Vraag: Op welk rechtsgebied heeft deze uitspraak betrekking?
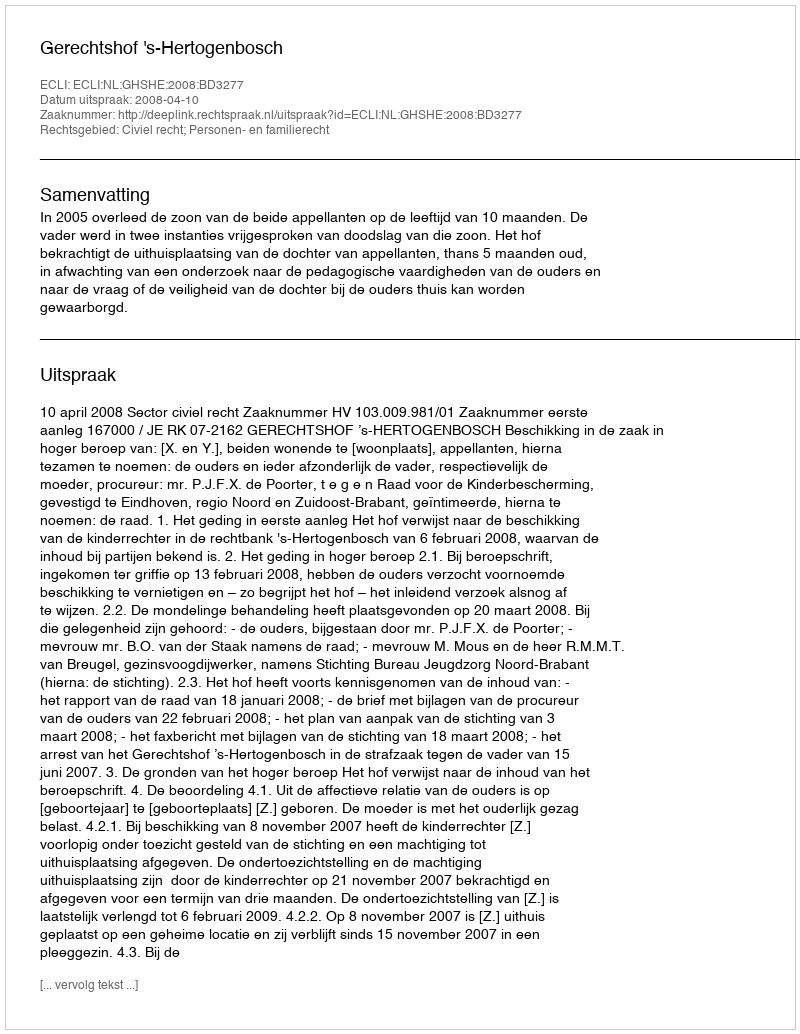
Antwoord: Civiel recht; Personen- en familierecht